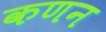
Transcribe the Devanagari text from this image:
कणन